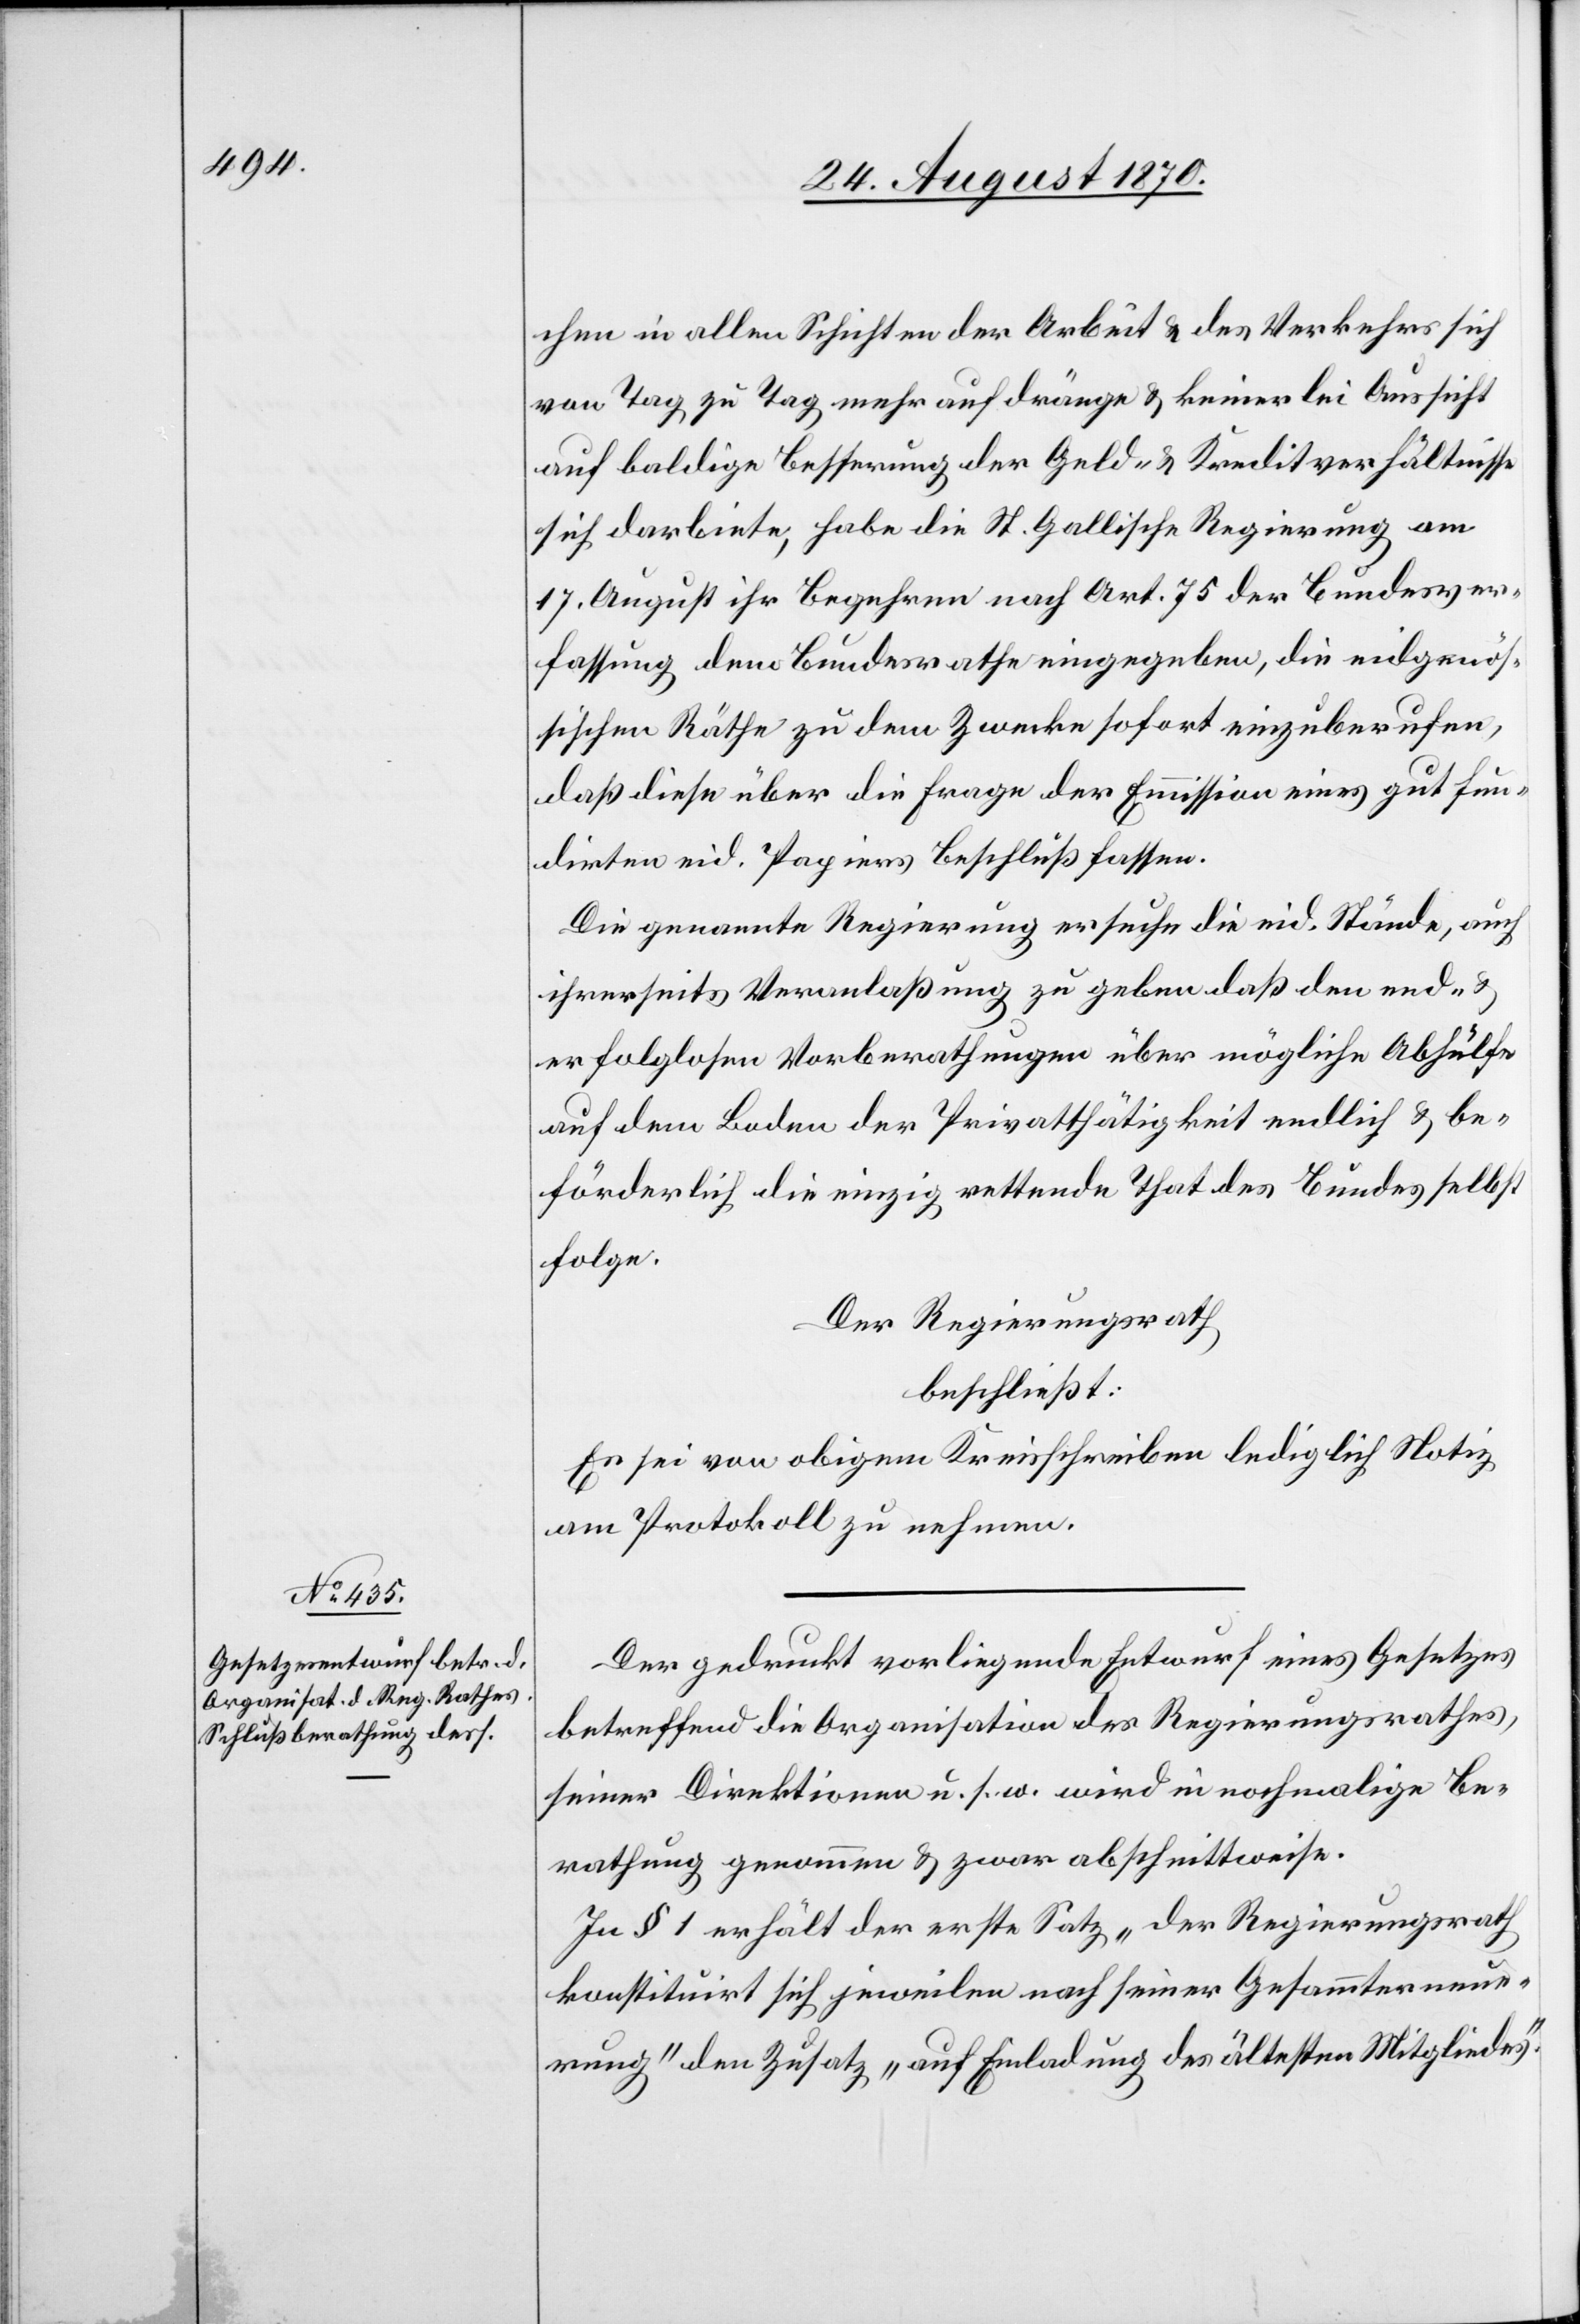
chen in allen Schichten der Arbeit & des Verkehrs sich
von Tag zu Tag mehr aufdränge & keinerlei Aussicht
auf baldige Besserung der Geld- & Kreditverhältnisse
sich darbiete, habe die St. Gallische Regierung am
17. August ihr Begehren nach Art. 75 der Bundesver¬
sammlung dem Bundesrathe eingegeben, die eidgenös¬
sischen Räthe zu dem Zwecke sofort einzuberufen,
daß diese über die Frage der Emmission eines gut fun¬
dirten eid. Papiers Beschluß fassen.
Die genannte Regierung ersuche die eid. Stände, auch
ihrerseits Veranlaßung zu geben, daß den end- &
erfolglosen Vorberathungen über mögliche Abhülfe
auf dem Boden der Privatthätigkeit endlich & be¬
förderlich die einzig rettende That des Bundes selbst
folge.
Der Regierungsrath
beschließt:
Es sei von obigem Kreisschreiben lediglich Notiz
am Protokoll zu nehmen.
Der gedruckt vorliegende Entwurf eines Gesetzes
betreffend die Organisation des Regierungsrathes,
seiner Direktionen u. s. w. wird in nochmalige Be¬
rathung genommen & zwar abschnittweise.
In § 1 erhält der erste Satz „der Regierungsrath
konstituirt sich jeweilen nach seiner Gesammterneue¬
rung“ den Zusatz „auf Einladung des ältesten Mitgliedes“